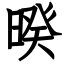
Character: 暌